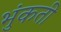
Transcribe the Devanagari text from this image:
भुंकती